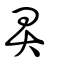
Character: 畁